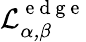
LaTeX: \mathcal{L_{\alpha,\beta}^{\mathrm{~e~d~g~e~}}}